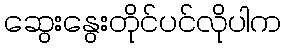
ဆွေးနွေးတိုင်ပင်လိုပါက